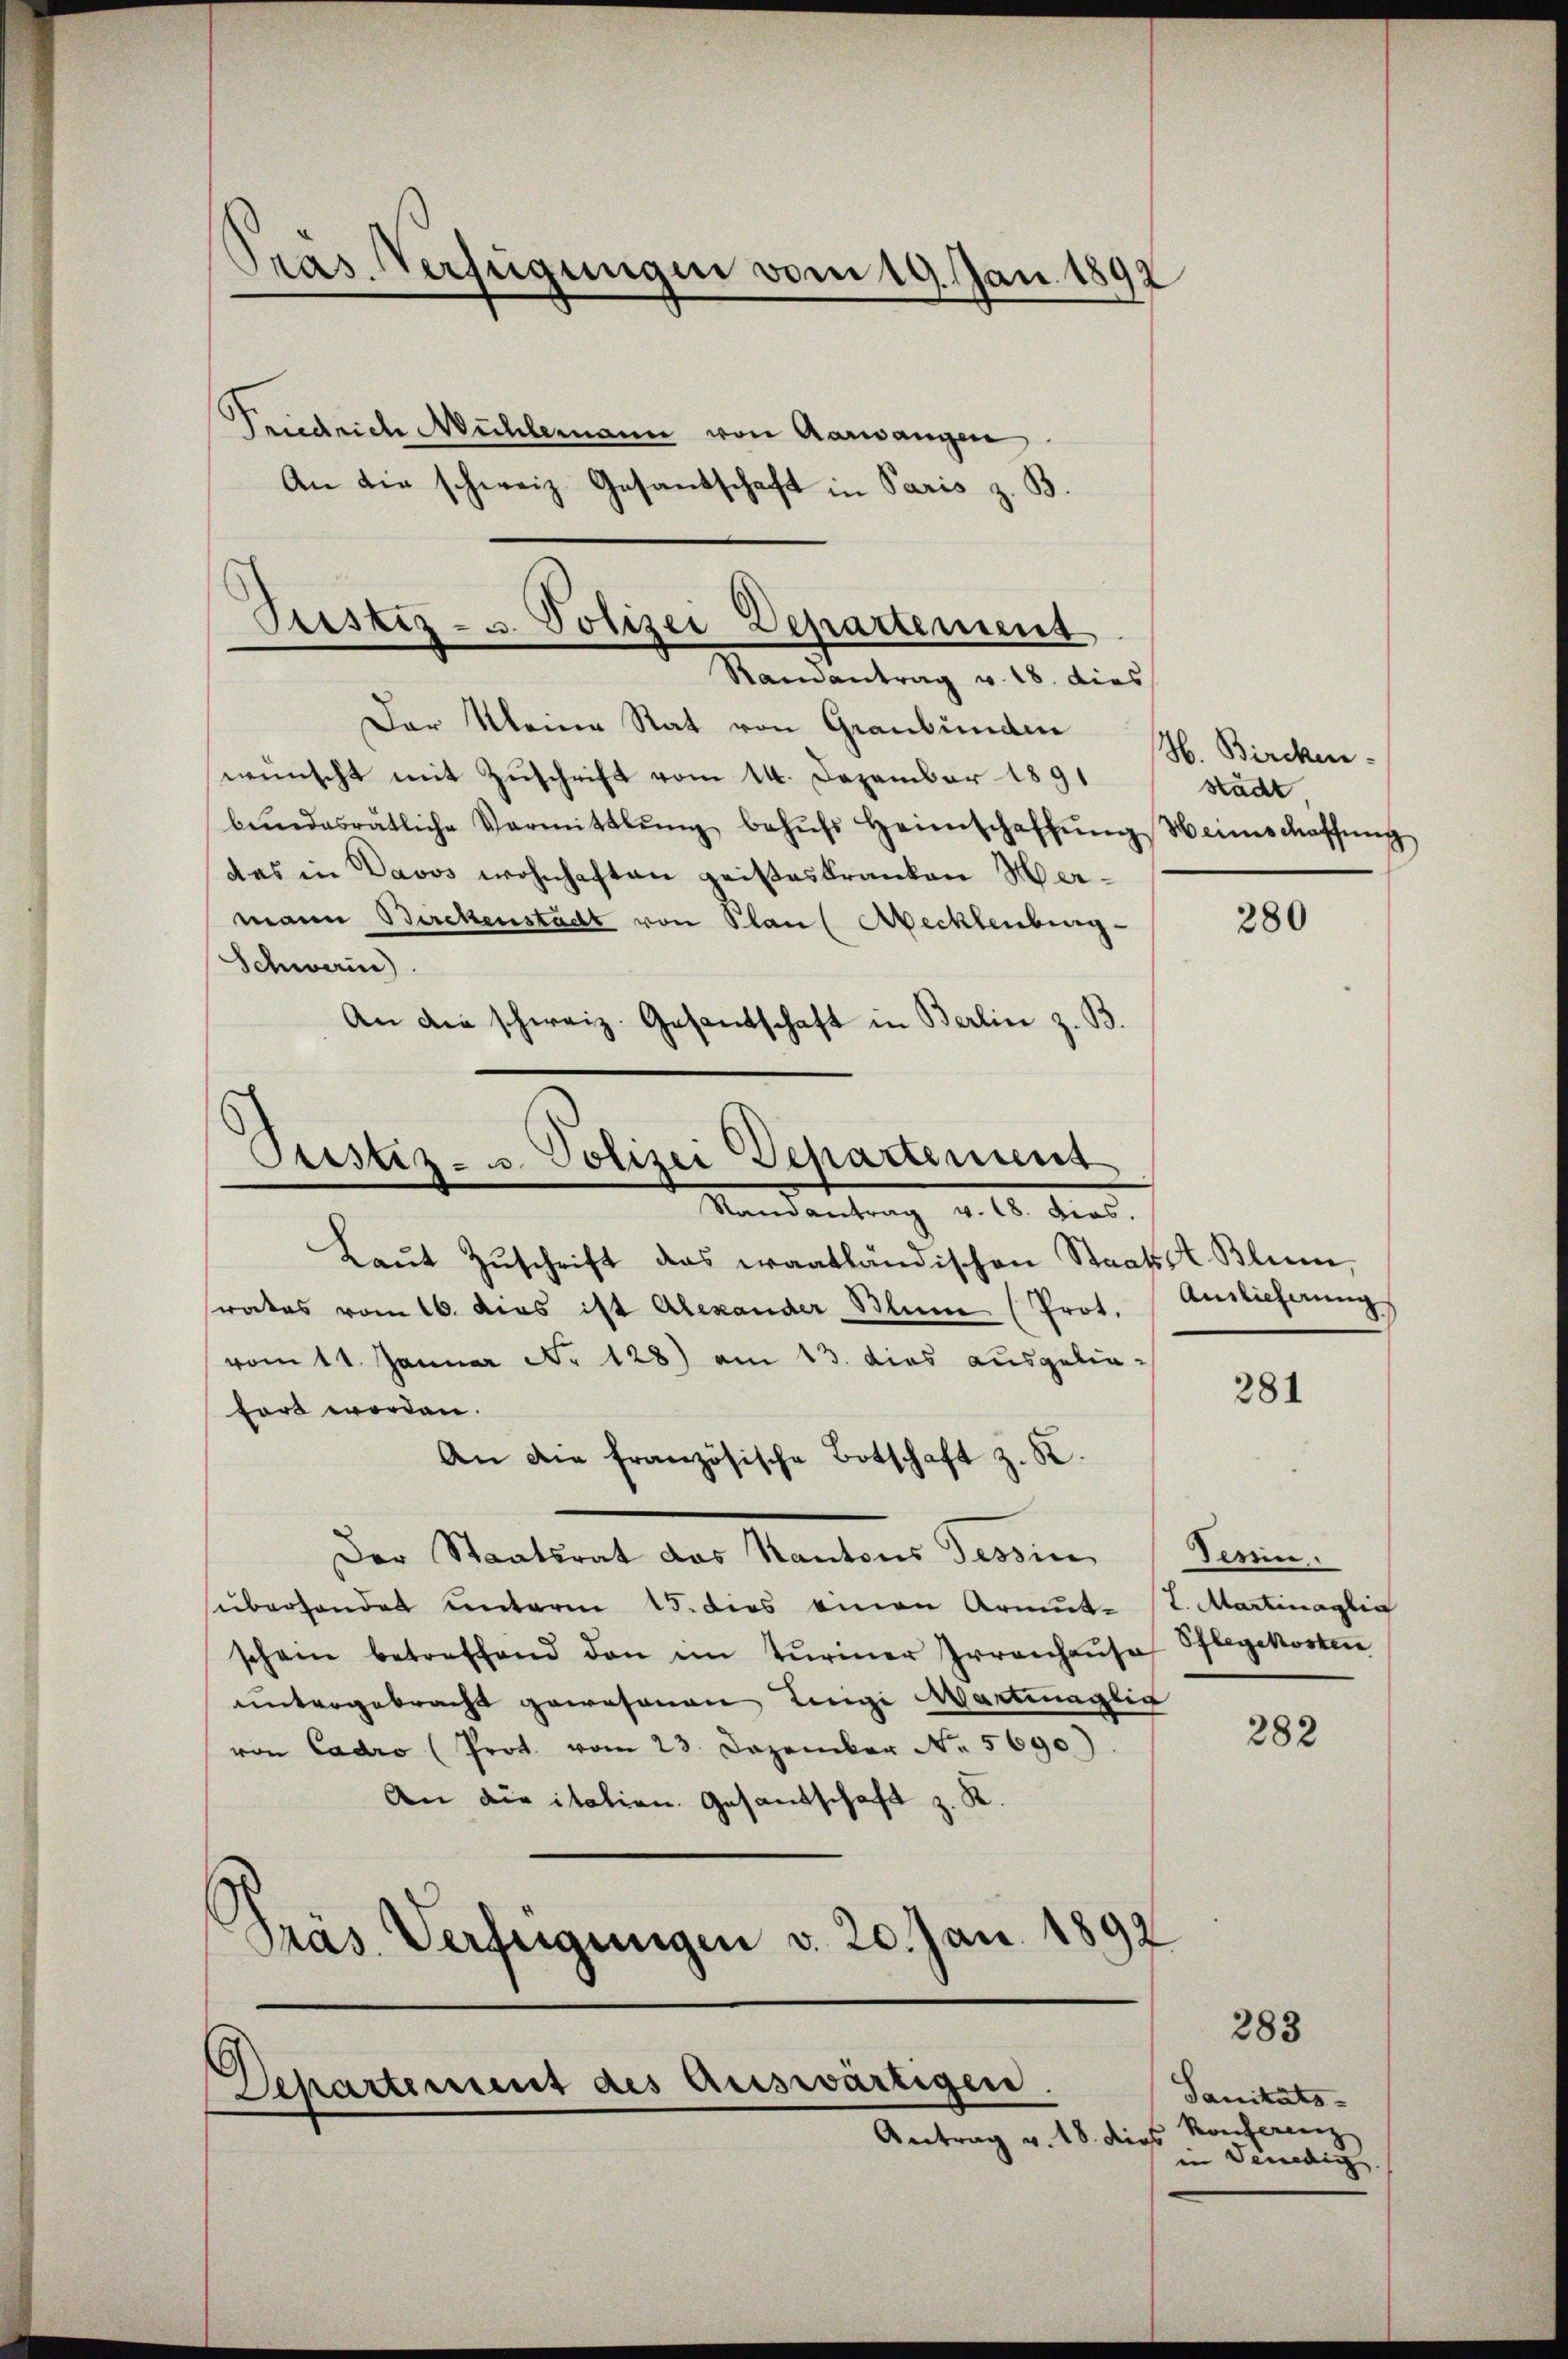
Pras Verfügungen vom 19. Jan. 1892

Friedrich Mühlemann von Aarwangen
An die schweiz. Gesandschaft in Paris z. B.

Ptistiz- u. Polizei Departement
Randantrag v. 18. dies

Der Meine Rat von Graubünden
wünscht mit Zuschrift vom 14. Dezember - 1891
bŭndesrätliche Vormittlung behŭfs Heimschaffŭng Heimschaffŭng
das in Davos wohnhaften geisteskranken Hermann Birckenstadt von Plan ( Aecklenburg
Schwain
An die schweiz. Gesandschaft in Berlin z. B.
Laŭt Zŭschrift das waatländischen Staatsst. Blien,
srates vom 16. dies ist Alexander Blum (Prot. Auslieferung
vom 11. Januar No 128) am 13. dies ausgeliefört worden.
An die französische Botschaft z. K.
Der Staatsrat das Kantons Tessin,
süberhander unterm 15. dies einen Armut- u. Martinaglic
schein betreffend den im Turiner Irrenhause
untergebracht gewesenen Einige Wartmaglic
von Cadro (Prot. vom 23. Dezember No. 5690).
An die italien Gesandschaft z. R.
Präs. Verfügungen v. 20. Jan. 1892

Prustiz- u. Polizei Departement
Mandantrag v. 10. dies

Departement des auswärtigen.
Antrag v. 18. dies

H. Bircken-
stadt

280

281

Terrin
Pflegekosten

282

283

Sanitäts-
Konferenz
in denedig